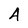
Character: 4